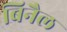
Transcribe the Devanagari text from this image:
बिनैल